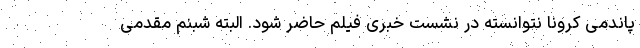
پاندمی کرونا نتوانسته در نشست خبری فیلم حاضر شود. البته شبنم مقدمی